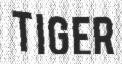
TIGER